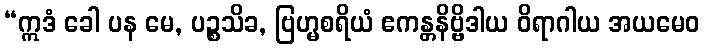
“ဣဒံ ခေါ ပန မေ, ပဉ္စသိခ, ဗြဟ္မစရိယံ ဧကန္တနိဗ္ဗိဒါယ ဝိရာဂါယ အယမေဝ